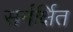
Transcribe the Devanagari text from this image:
सर्नर्क्षित